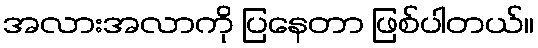
အလားအလာကို ပြနေတာ ဖြစ်ပါတယ်။